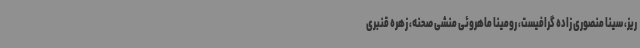
ریز، سینا منصوری زاده گرافیست، رومینا ماهروئی منشی صحنه، زهره قنبری